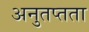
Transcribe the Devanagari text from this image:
अनुतप्तता